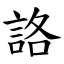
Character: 詻